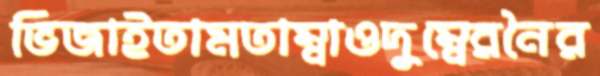
ভিজাইতামতাম্বাওদুম্বেরনৈর